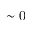
\mathrm { \sim 0 }